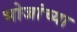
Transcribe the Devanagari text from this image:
भोजांच्या